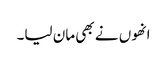
انھوں نے بھی مان لیا۔